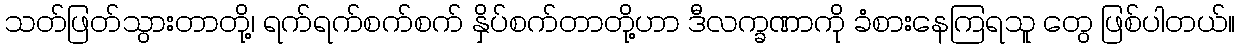
သတ်ဖြတ်သွားတာတို့၊ ရက်ရက်စက်စက် နှိပ်စက်တာတို့ဟာ ဒီလက္ခဏာကို ခံစားနေကြရသူ တွေ ဖြစ်ပါတယ်။